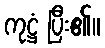
ကုဋ္ဌံ ပြီး၏။